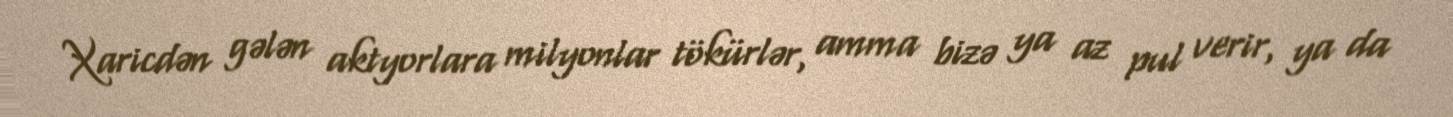
Xaricdən gələn aktyorlara milyonlar tökürlər, amma bizə ya az pul verir, ya da